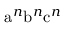
{ \mathrm { a } } ^ { n } { \mathrm { b } } ^ { n } { \mathrm { c } } ^ { n }